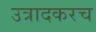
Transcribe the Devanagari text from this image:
उत्रादकरच